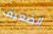
الضعيف